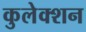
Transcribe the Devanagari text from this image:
कुलेक्शन